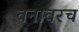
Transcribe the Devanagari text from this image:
वनावरच